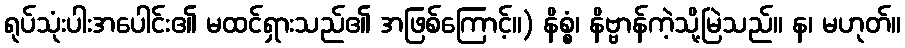
ရုပ်သုံးပါးအပေါင်း၏ မထင်ရှားသည်၏ အဖြစ်ကြောင့်။) နိစ္စံ၊ နိဗ္ဗာန်ကဲ့သို့မြဲသည်။ န၊ မဟုတ်။